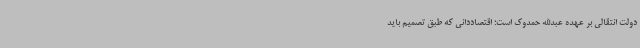
دولت انتقالی بر عهده عبدالله حمدوک است؛ اقتصاددانی که طبق تصمیم باید